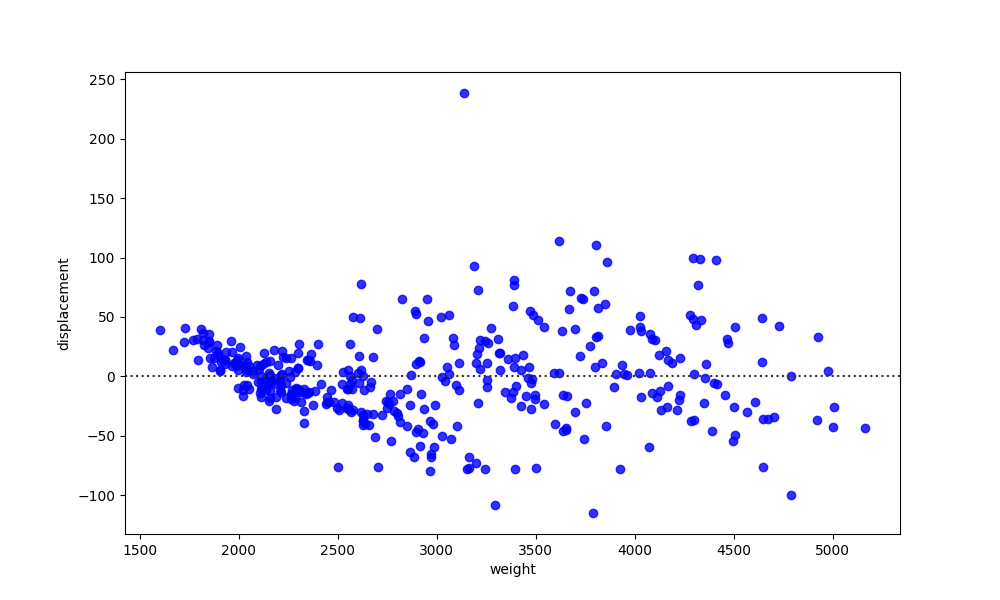
python, seaborn, residplot, lowess=False, scatter_color=blue